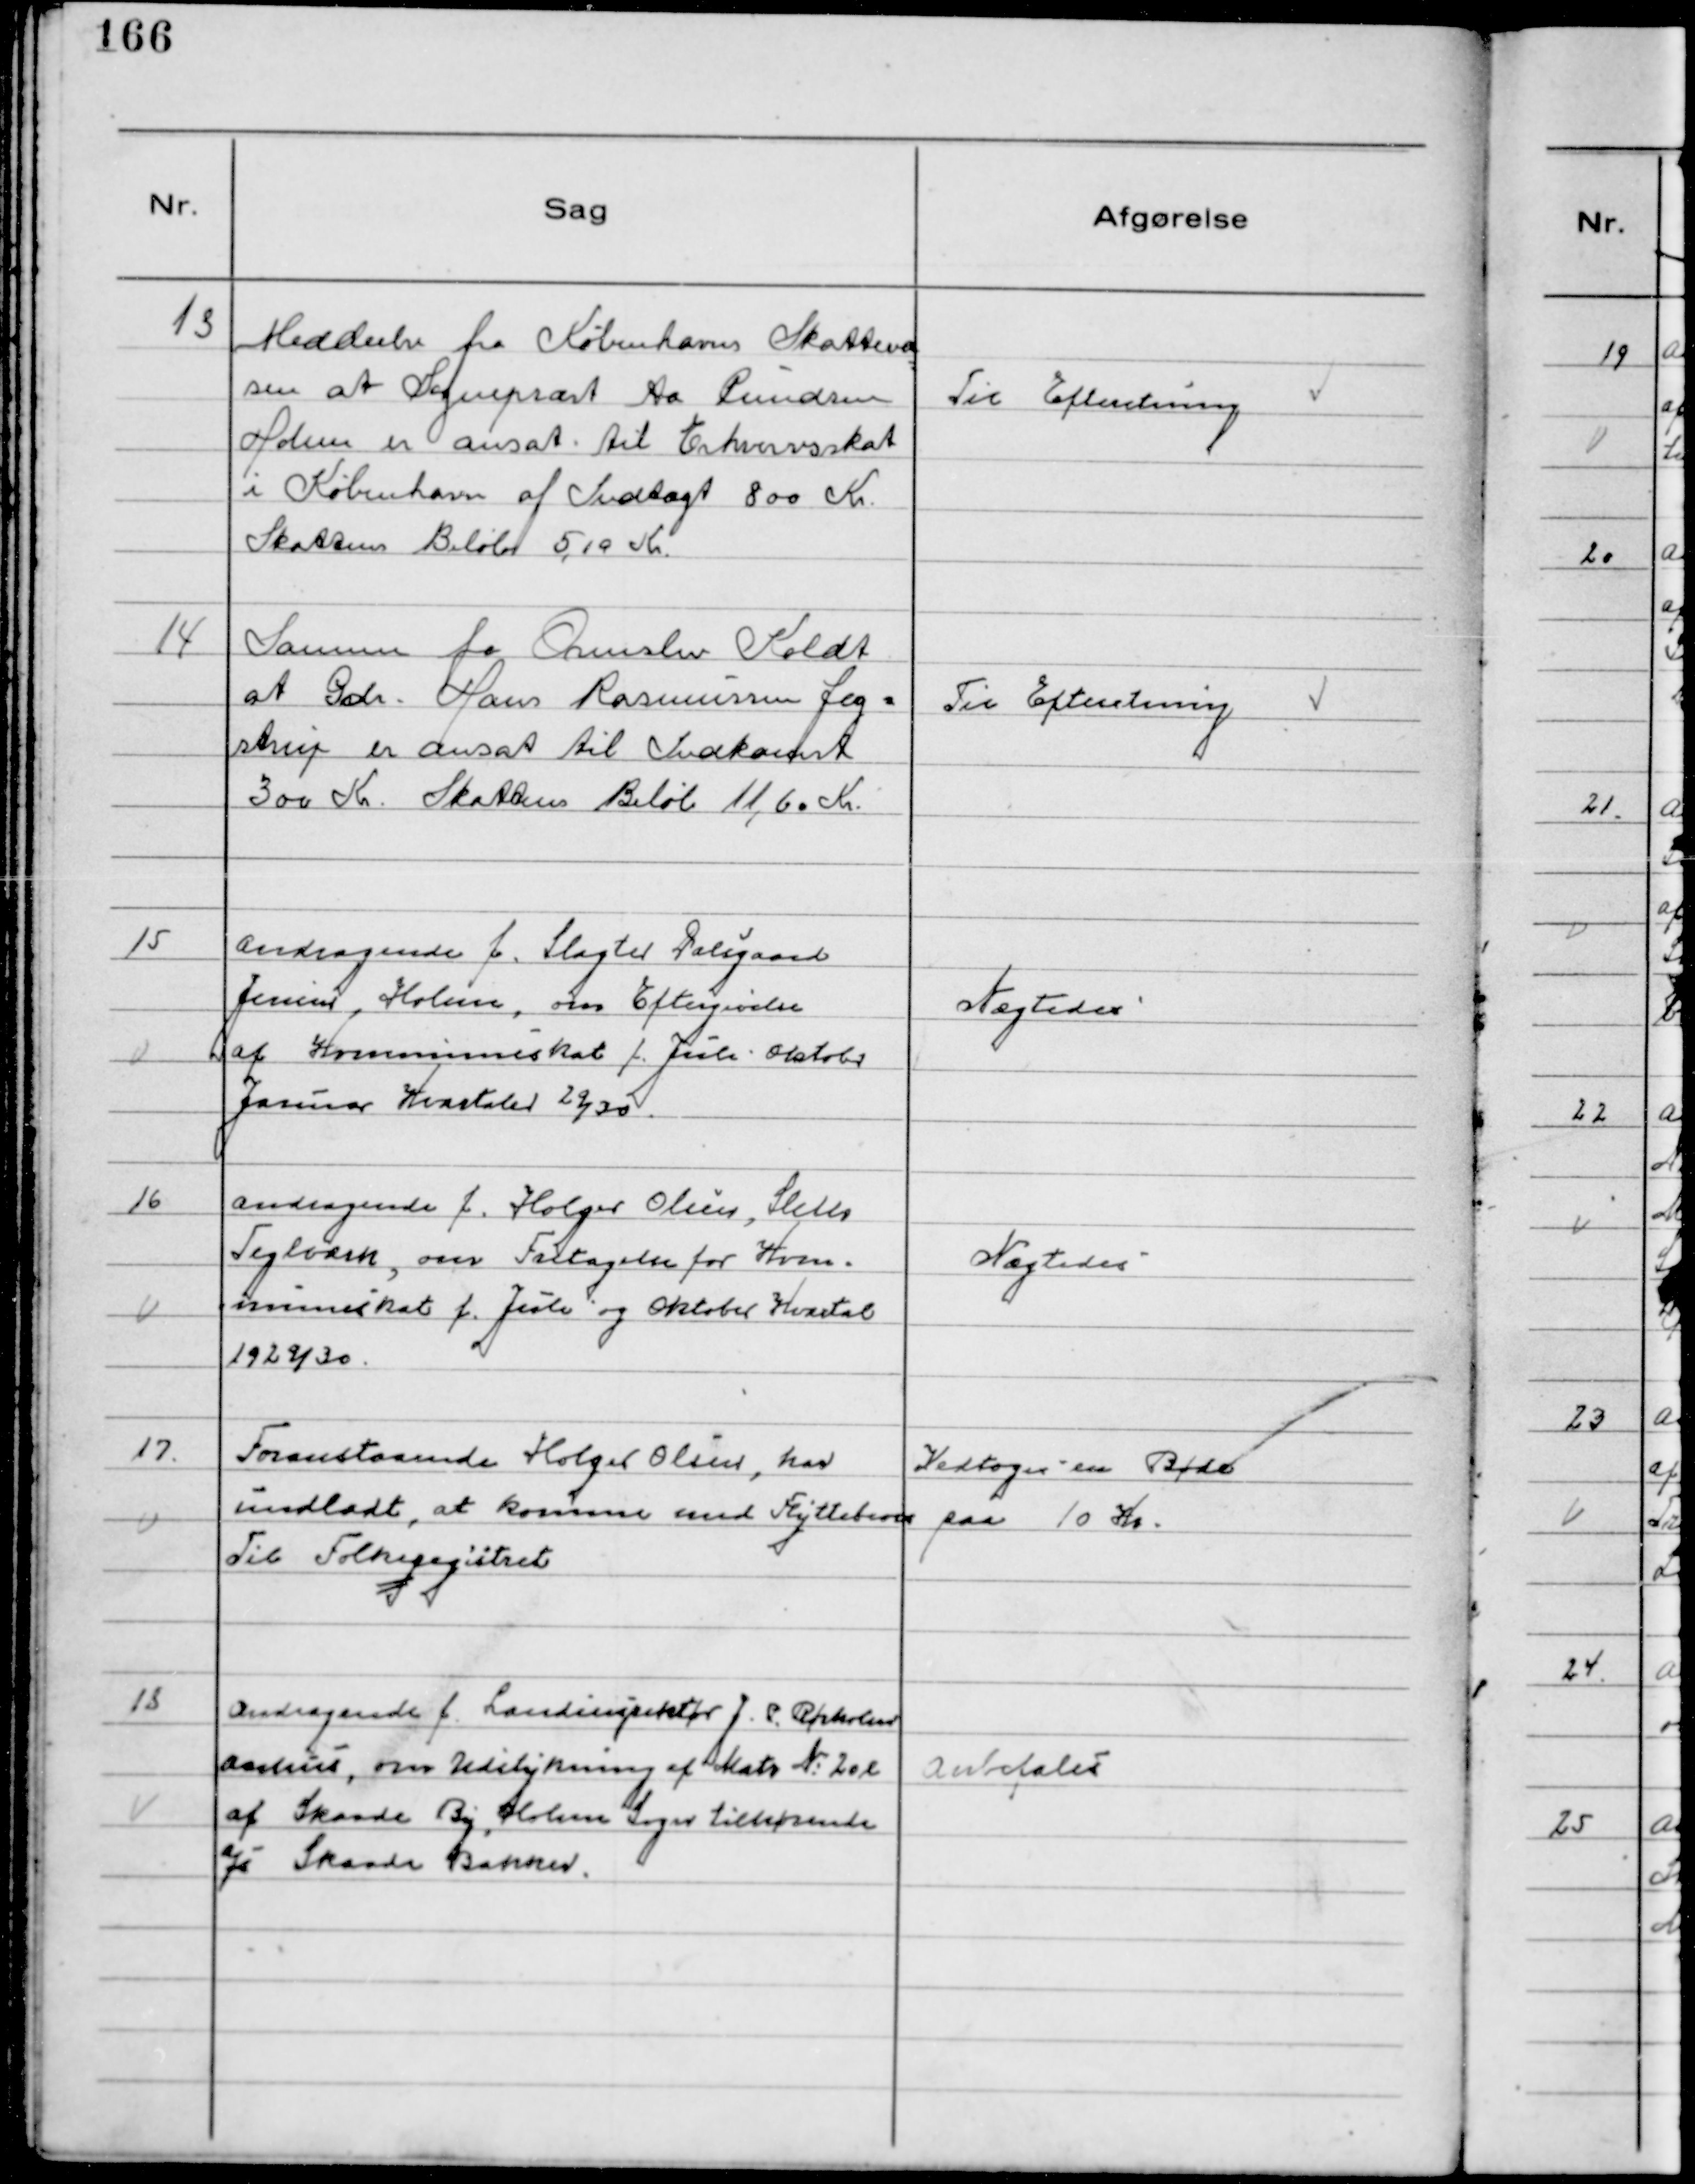
Transskription:
13.
Meddeelse fra Københavns Skattevæ
sen at Sognepræst Aa Pundsen
Holme er ansat til Erhvervsskat
i København af Indtægt 800 Kr.
Skattens Beløb 5,10 Kr.

Til Efteretning

14
Samme fra Ormslev Koldt
at Gdr. Hans Rasmussen Jeg-
strup er ansat til Indkomst
300 Kr. Skattens Beløb 11,60 Kr.

Til Efteretning

15
Andragende f. Slagter Dalsgaard
Jensen, Holme, om Eftergivelse
af Kommuneskat f. Juli- Oktobr
Januar Kvartal 29/30

Nægtedes

16
Andragende f. Holger Olsen, Sleth
Teglværk, om Fritagelse for Kom-
muneskat f. Juli og Oktober Kvartal
1929/30.

Nægtedes

17.
Foranstaaende Holger Olsen, har
undladt, at komme med Flyttebrev
Til Folkeregistret

Vedtoges en Bøde
paa 10 Kr.

18
Andragende f. Landinspektør J. P. Rørholm
Aarhus, om Udstykning af Matr №20l
af Skaade By, Holme Sogn tilhørende
Js Skaade Bakker.

Anbefales